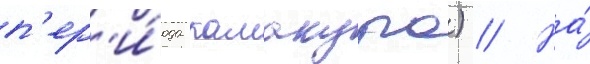
п'ер'и́ода камакура) // На́